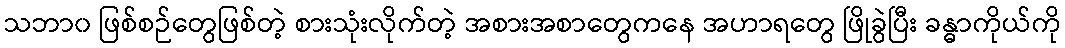
သဘာ၀ ဖြစ်စဉ်တွေဖြစ်တဲ့ စားသုံးလိုက်တဲ့ အစားအစာတွေကနေ အဟာရတွေ ဖြိုခွဲပြီး ခန္ဓာကိုယ်ကို